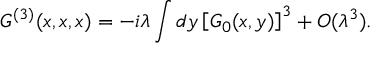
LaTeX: G ^ { ( 3 ) } ( x , x , x ) = - i \lambda \int d y \left[ G _ { 0 } ( x , y ) \right] ^ { 3 } + O ( \lambda ^ { 3 } ) .